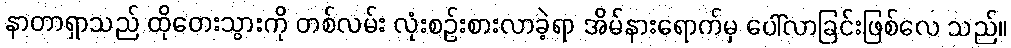
နာတာရှာသည် ထိုတေးသွားကို တစ်လမ်း လုံးစဉ်းစားလာခဲ့ရာ အိမ်နားရောက်မှ ပေါ်လာခြင်းဖြစ်လေ သည်။